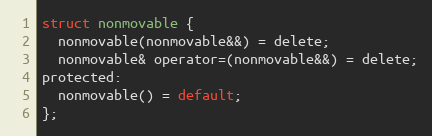
Language: C
struct nonmovable {
  nonmovable(nonmovable&&) = delete;
  nonmovable& operator=(nonmovable&&) = delete;
protected:
  nonmovable() = default;
};